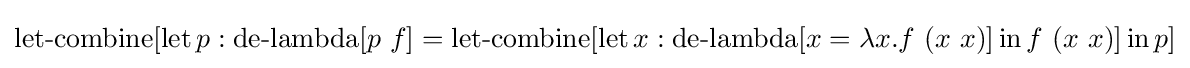
\operatorname {let-combine} [\operatorname {let} p:\operatorname {de-lambda} [p\ f]=\operatorname {let-combine} [\operatorname {let} x:\operatorname {de-lambda} [x=\lambda x.f\ (x\ x)]\operatorname {in} f\ (x\ x)]\operatorname {in} p]